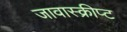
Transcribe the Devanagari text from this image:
जावास्क्रीप्ट